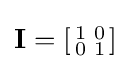
{\textstyle \mathbf {I} =\left[{\begin{smallmatrix}1&0\\0&1\end{smallmatrix}}\right]}